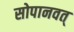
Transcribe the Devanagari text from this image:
सोपानवत्‌